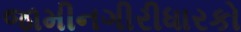
જામીનગીરીધારકો